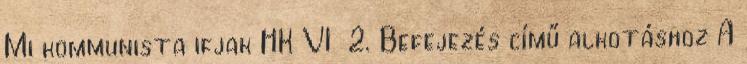
Mi kommunista ifjak HK VI 2. Befejezés című alkotáshoz A